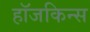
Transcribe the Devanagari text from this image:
हॉजकिन्स